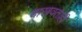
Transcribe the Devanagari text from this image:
दाखवताही